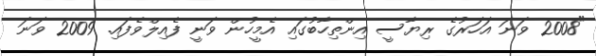
"2008 ވަނަ އަހަރުގެ ރިޔާސީ އިންތިހާބުގައި އެމީހުން ވަނީ ފެއިލްވެފައި. 2009 ވަނަ